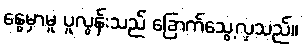
နွေမှာမူ ပူလွန်းသည် ခြောက်သွေ့လှသည်။